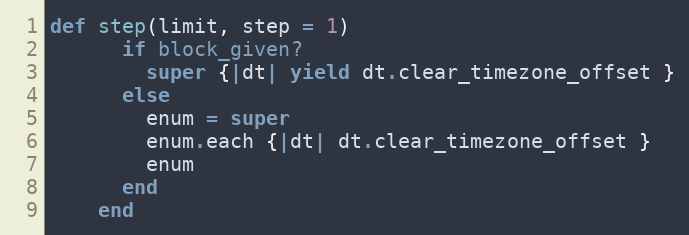
Language: Ruby
def step(limit, step = 1)
      if block_given?
        super {|dt| yield dt.clear_timezone_offset }
      else
        enum = super
        enum.each {|dt| dt.clear_timezone_offset }
        enum
      end
    end